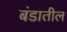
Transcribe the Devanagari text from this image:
बंडातील